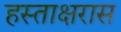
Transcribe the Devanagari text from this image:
हस्ताक्षरास